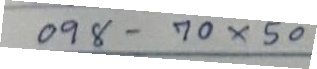
098 - 70 x 50